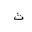
Letter: _tha